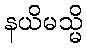
နယိမသ္မိ